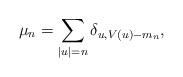
LaTeX: \begin{align*} \mu_n = \sum_{|u|=n} \delta_{u,V(u)-m_n},\end{align*}